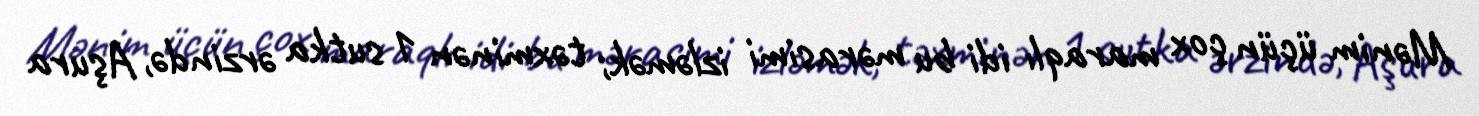
Mənim üçün çox maraqlı idi bu mərasimi izləmək; təxminən 1 sutka ərzində, Aşura